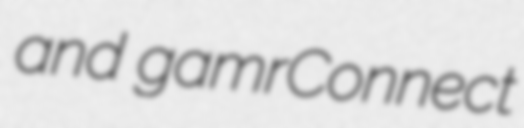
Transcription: and gamrConnect